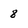
Character: 8